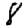
Digit: 8